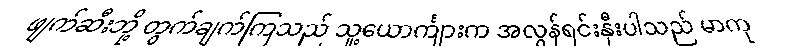
ဖျက်ဆီးဘို့ တွက်ချက်ကြသည် သူ့ယောင်္ကျားက အလွန်ရင်းနှီးပါသည် မာကု